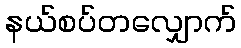
နယ်စပ်တလျှောက်